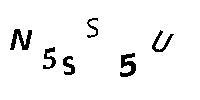
N5SS5U